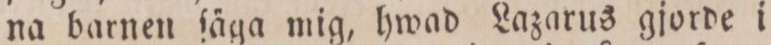
na barnen ſäga mig, hwad Lazarus gjorde i